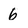
Character: 6